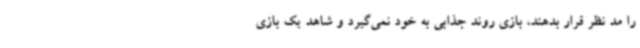
را مد نظر قرار بدهند، بازی روند جذابی به خود نمی‌گیرد و شاهد یک بازی